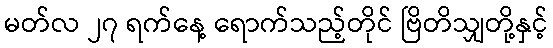
မတ်လ ၂၇ ရက်နေ့ ရောက်သည့်တိုင် ဗြိတိသျှတို့နှင့်